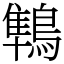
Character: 鶽